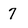
Character: 7